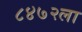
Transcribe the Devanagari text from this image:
८४७२ला